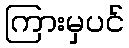
ကြားမှပင်